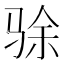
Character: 𬳿